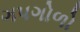
ગપગોળો